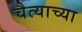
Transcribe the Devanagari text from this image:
चैत्याच्या